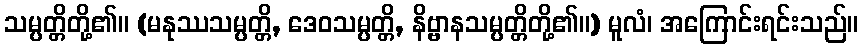
သမ္ပတ္တိတို့၏။ (မနုဿသမ္ပတ္တိ, ဒေဝသမ္ပတ္တိ, နိဗ္ဗာနသမ္ပတ္တိတို့၏။) မူလံ၊ အကြောင်းရင်းသည်။